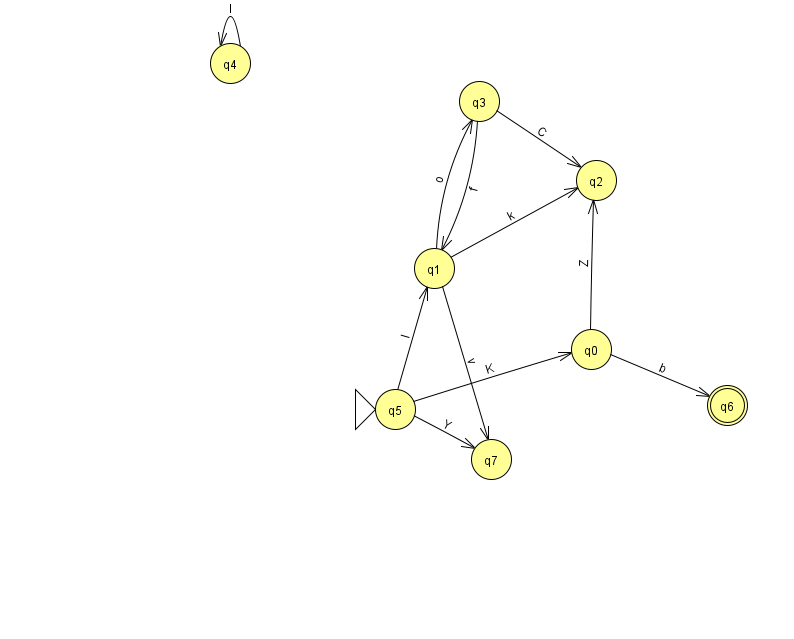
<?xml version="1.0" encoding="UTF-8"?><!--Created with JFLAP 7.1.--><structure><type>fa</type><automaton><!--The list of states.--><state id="0" name="q0"><x>591.0</x><y>336.0</y></state><state id="1" name="q1"><x>434.0</x><y>255.0</y></state><state id="2" name="q2"><x>596.0</x><y>167.0</y></state><state id="3" name="q3"><x>479.0</x><y>88.0</y></state><state id="4" name="q4"><x>230.0</x><y>50.0</y></state><state id="5" name="q5"><x>395.0</x><y>396.0</y><initial/></state><state id="6" name="q6"><x>727.0</x><y>392.0</y><final/></state><state id="7" name="q7"><x>491.0</x><y>446.0</y></state><!--The list of transitions.--><transition><from>3</from><to>1</to><read>f</read></transition><transition><from>1</from><to>2</to><read>k</read></transition><transition><from>5</from><to>7</to><read>Y</read></transition><transition><from>5</from><to>0</to><read>K</read></transition><transition><from>0</from><to>6</to><read>b</read></transition><transition><from>1</from><to>3</to><read>o</read></transition><transition><from>5</from><to>1</to><read>I</read></transition><transition><from>4</from><to>4</to><read>l</read></transition><transition><from>0</from><to>2</to><read>Z</read></transition><transition><from>1</from><to>7</to><read>v</read></transition><transition><from>3</from><to>2</to><read>C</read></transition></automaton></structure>